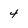
Character: 4